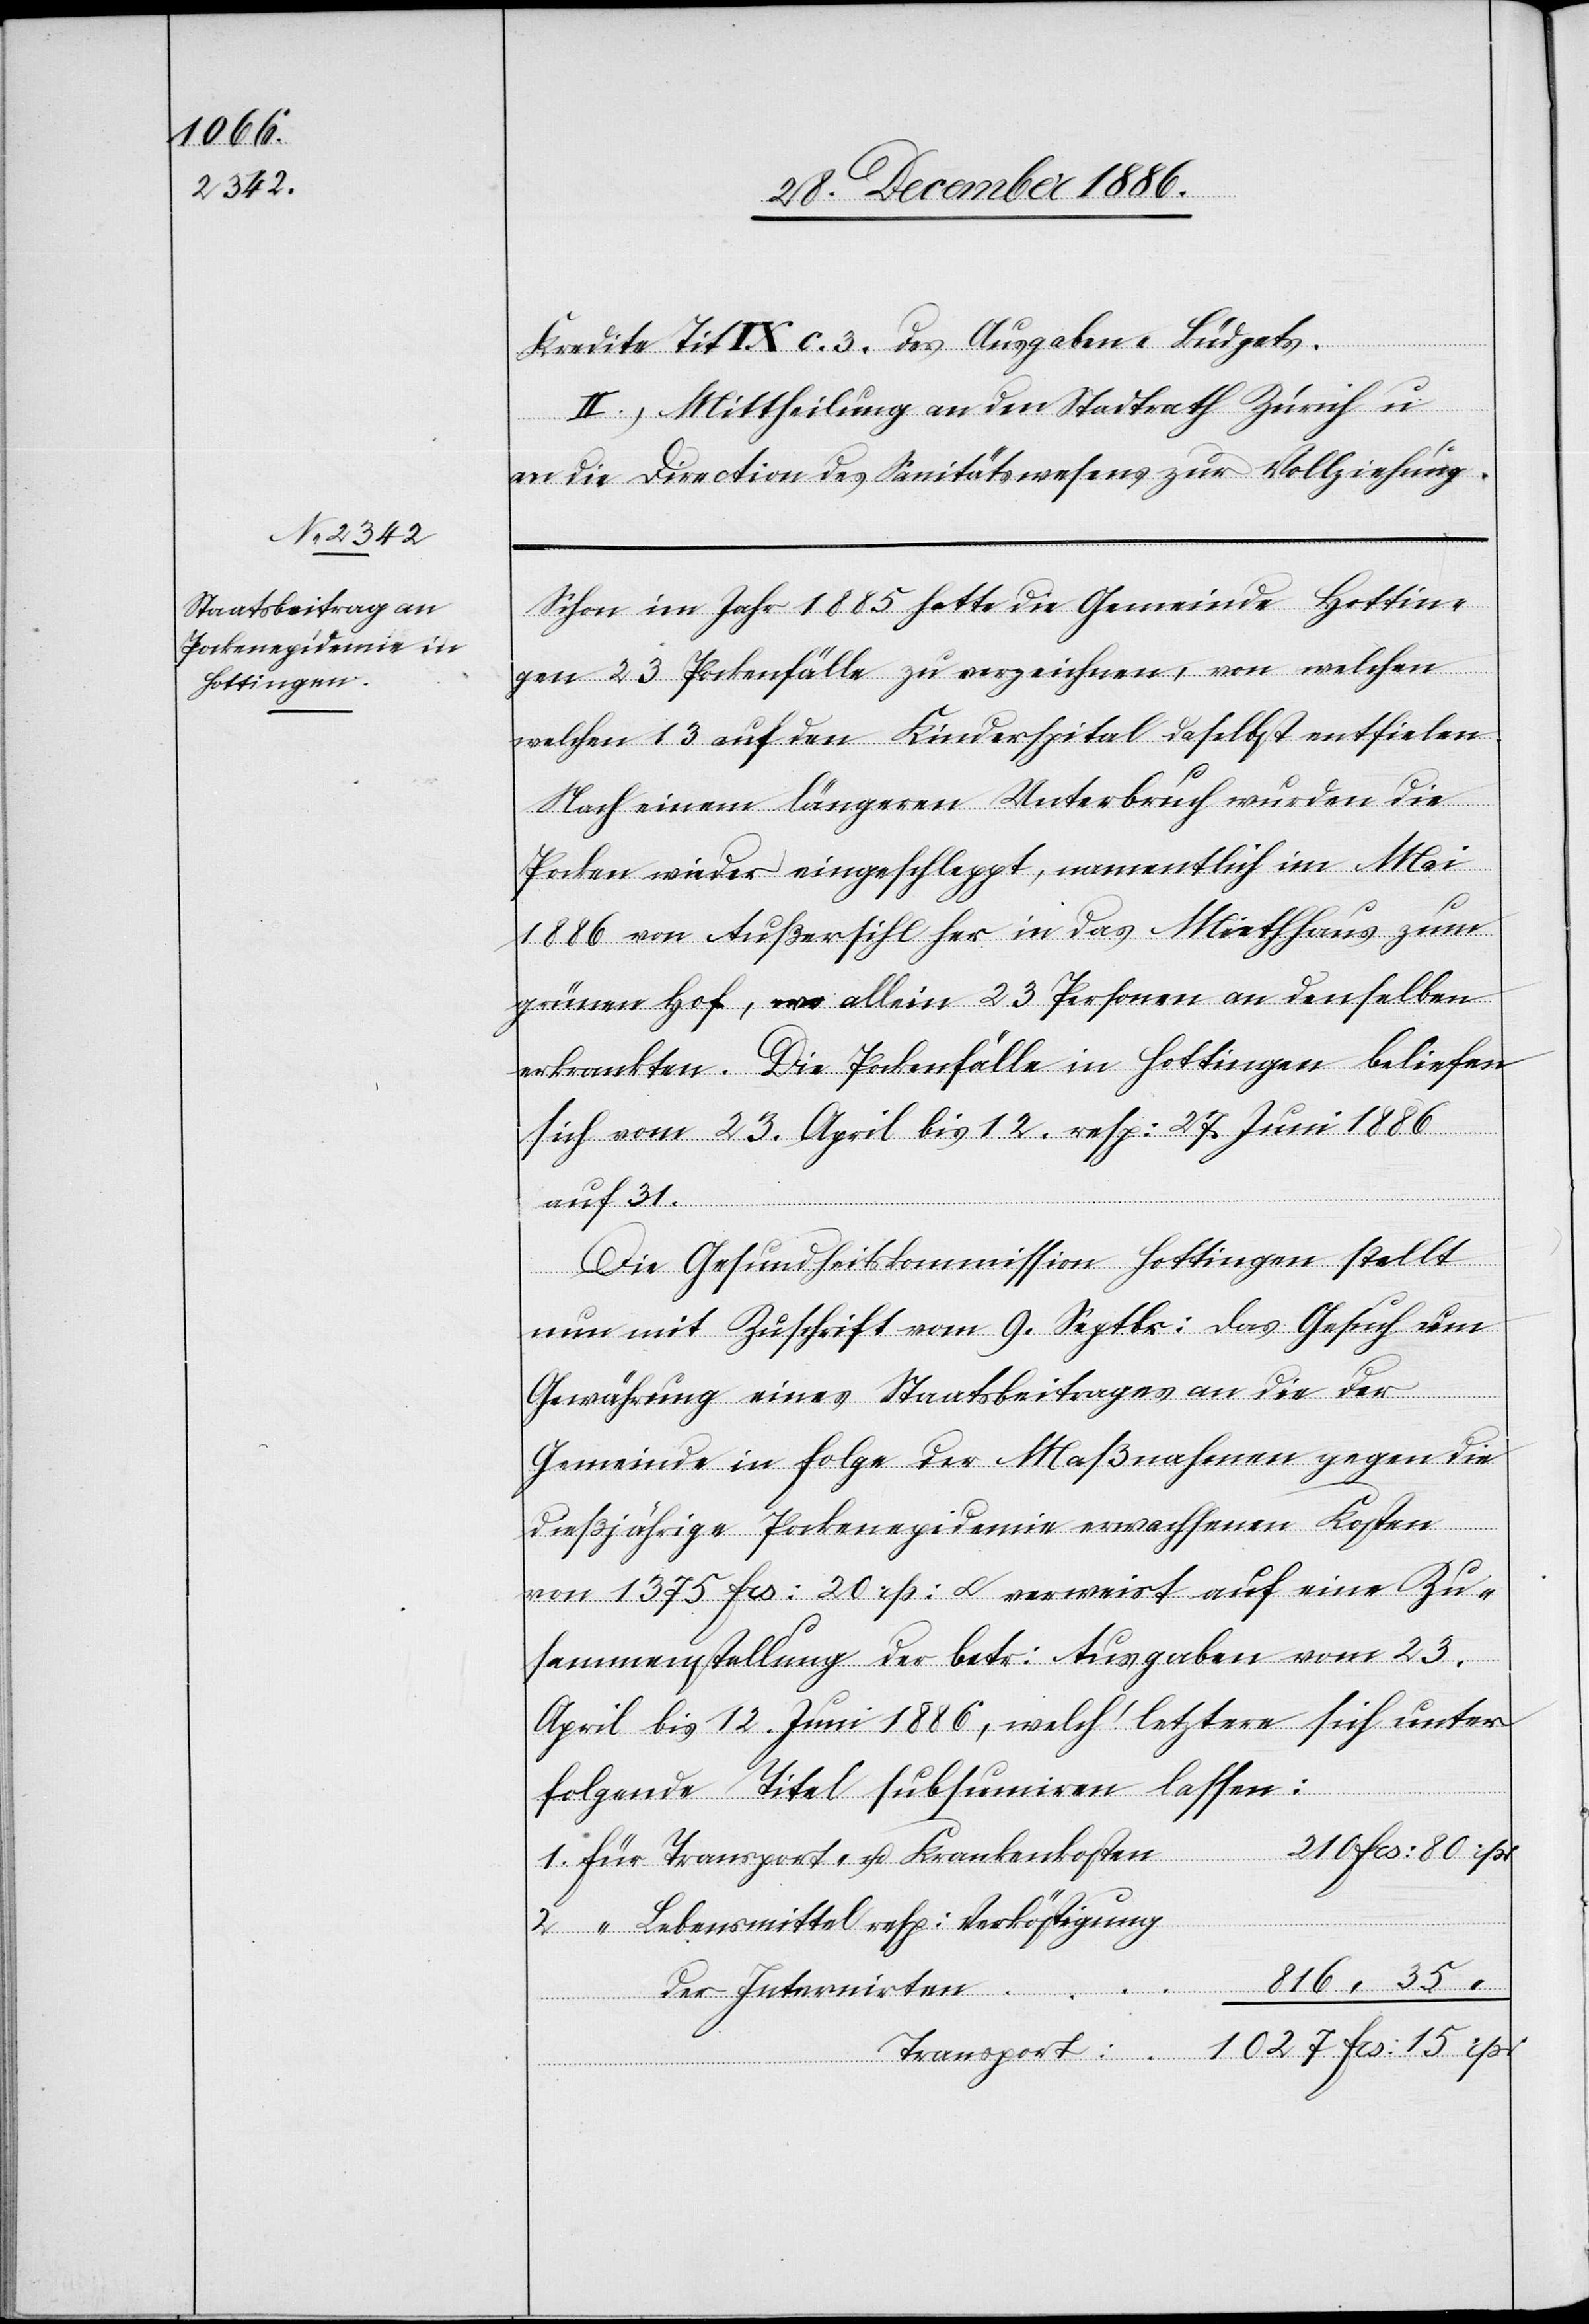
Kredite Tit. IX. c. 3. des Ausgaben-Büdgets.
II.) Mittheilung an den Stadtrath Zürich u.
an die Direction des Sanitätswesens zur Vollziehung.
Schon im Jahr 1885 hatte die Gemeinde Hottin¬
gen 23 Pockenfälle zu verzeichnen, von welchen
welchen [sic!] 13 auf den Kinderspital daselbst entfielen.
Nach einem längeren Unterbruch wurden die
Pocken wieder eingeschleppt, namentlich im Mai
1886 von Außersihl her in das Miethhaus zum
grünen Hof, wo allein 23 Personen an denselben
erkrankten. Die Pockenfälle in Hottingen beliefen
sich vom 23. April bis 12. resp: 27. Juni 1886
auf 31.
Die Gesundheitskommission Hottingen stellt
nun mit Zuschrift vom 9. Septbr: das Gesuch um
Gewährung eines Staatsbeitrages an die der
Gemeinde in Folge der Maßnahmen gegen die
dießjährige Pockenepidemie erwachsenen Kosten
von 1375 Frs: 20 rp: & verweist auf eine Zu¬
sammenstellung der betr: Ausgaben vom 23.
April bis 12. Juni 1886, welch’ letztere sich unter
folgende Titel subsumiren lassen:
210 Frs: 80 rp:
Für Transport- u. Krankenkosten
2.
“ Lebensmittel resp: Verköstigung
816 “ 35
der Internirten